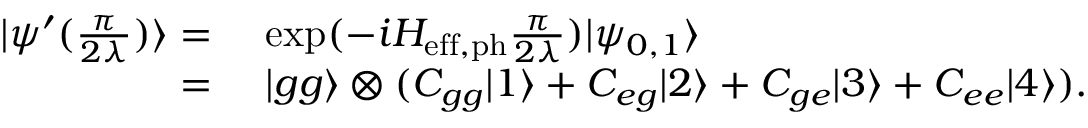
\begin{array} { r l } { | \psi ^ { \prime } ( { \frac { \pi } { 2 \lambda } } ) \rangle = } & { ~ \mathrm { e x p } ( - i H _ { \mathrm { e f f , p h } } \frac { \pi } { 2 \lambda } ) | \psi _ { 0 , 1 } \rangle } \\ { = } & { ~ | g g \rangle \otimes ( C _ { g g } | 1 \rangle + C _ { e g } | 2 \rangle + C _ { g e } | 3 \rangle + C _ { e e } | 4 \rangle ) . } \end{array}